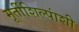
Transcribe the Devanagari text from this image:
मूर्तीशिल्पांशी